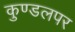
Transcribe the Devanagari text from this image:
कुण्डलपर